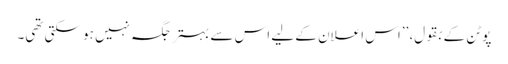
پوٹن کے بقول، ’’اس اعلان کے لیے اس سے بہتر جگہ نہیں ہو سکتی تھی۔